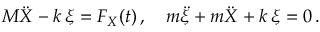
M \ddot { X } - k \, \xi = F _ { X } ( t ) \, , \quad m \ddot { \xi } + m \ddot { X } + k \, \xi = 0 \, .